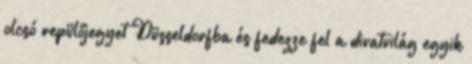
olcsó repülőjegyet Düsseldorfba és fedezze fel a divatvilág egyik